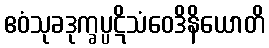
ဧဝံသုခဒုက္ခပ္ပဋိသံဝေဒိနိယောတိ